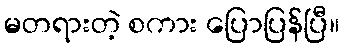
မတရားတဲ့ စကား ပြောပြန်ပြီ။